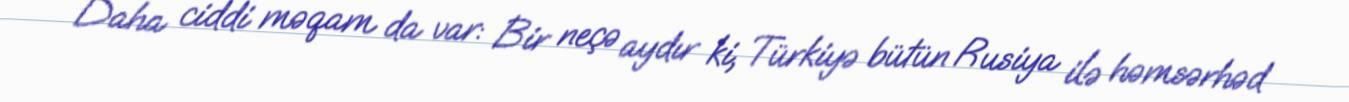
Daha ciddi məqam da var: Bir neçə aydır ki, Türkiyə bütün Rusiya ilə həmsərhəd